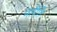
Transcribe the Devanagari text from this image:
नेतीति